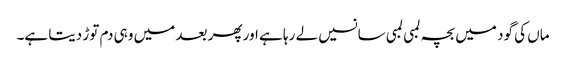
ماں کی گود میں بچہ لمبی لمبی سانسیں لے رہا ہے اور پھر بعد میں وہی دم توڑ دیتا ہے۔